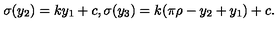
\sigma ( y _ { 2 } ) = k y _ { 1 } + c , \sigma ( y _ { 3 } ) = k ( \pi \rho - y _ { 2 } + y _ { 1 } ) + c . \,